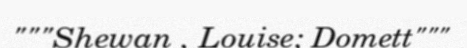
"""Shewan , Louise; Domett"""